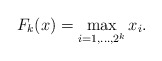
\begin{align*}F_k(x) = \max_{i=1,\ldots, 2^k} x_i.\end{align*}